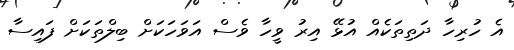
އެ ހުރިހާ ދަތިތަކެއް އުޅޭ އިރު ވީހާ ވެސް އަވަހަކަށް ބިލްތަކަށް ފައިސާ